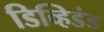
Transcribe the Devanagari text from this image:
डिव्हिडंड